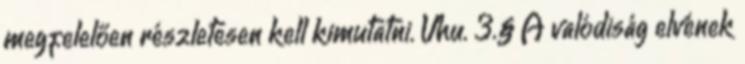
megfelelően részletesen kell kimutatni. Vhu. 3.§ A valódiság elvének